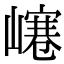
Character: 𡼌